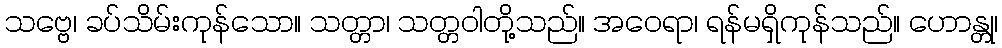
သဗ္ဗေ၊ ခပ်သိမ်းကုန်သော။ သတ္တာ၊ သတ္တဝါတို့သည်။ အဝေရာ၊ ရန်မရှိကုန်သည်။ ဟောန္တု၊